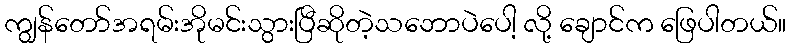
ကျွန်တော်အရမ်းအိုမင်းသွားပြီဆိုတဲ့သဘောပဲပေါ့ လို့ ချောင်က ဖြေပါတယ်။